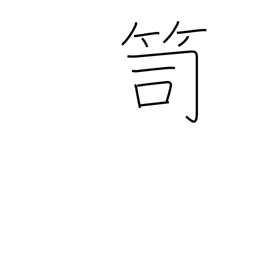
Meaning: clothes chest